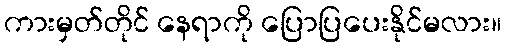
ကားမှတ်တိုင် နေရာကို ပြောပြပေးနိုင်မလား။